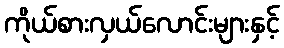
ကိုယ်စားလှယ်လောင်းများနှင့်